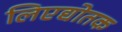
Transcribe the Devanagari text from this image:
लिएद्योतक